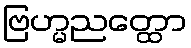
ဗြဟ္မညတ္ထော